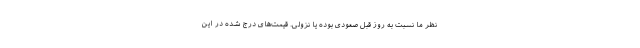
نظر ما نسبت به روز قبل صعودی بوده یا نزولی. قیمت‌های درج شده در این